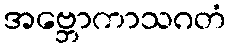
အဗ္ဘောကာသဂတံ